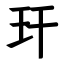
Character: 玕